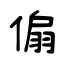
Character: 傓